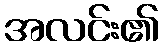
အလင်း၏